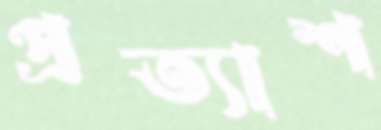
প্রত্যাশ